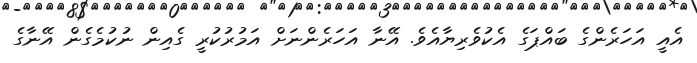
އެއީ އަހަރެންގެ ބައްޕަގެ އެކުވެރިޔާއެވެ. އޭނާ އަހަރެންނަށް އަމުރުކުރީ ގެއިން ނުކުމެގެން އޭނާގެ